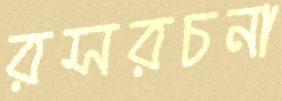
রসরচনা